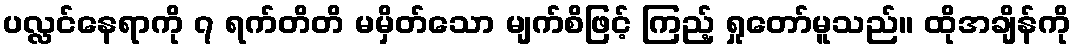
ပလ္လင်နေရာကို ၇ ရက်တိတိ မမှိတ်သော မျက်စိဖြင့် ကြည့် ရှုတော်မူသည်။ ထိုအချိန်ကို